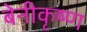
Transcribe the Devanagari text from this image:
बेनीकृष्ण